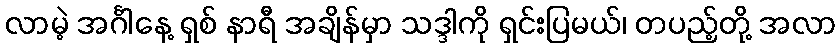
လာမဲ့ အင်္ဂါနေ့ ရှစ် နာရီ အချိန်မှာ သဒ္ဒါကို ရှင်းပြမယ်၊ တပည့်တို့ အလာ